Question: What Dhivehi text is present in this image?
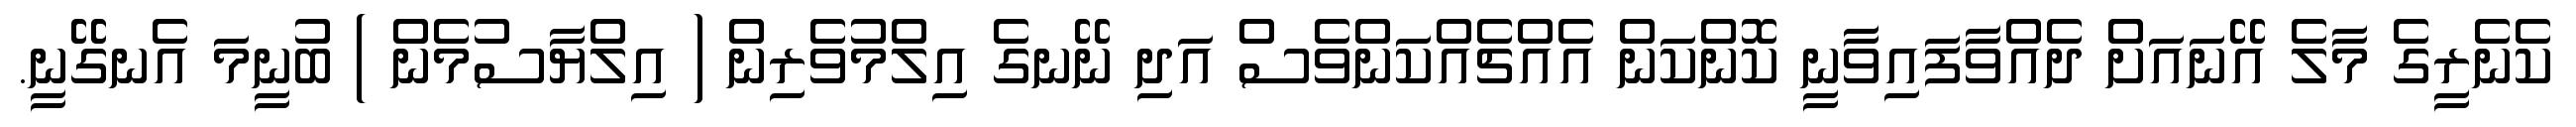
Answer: ކެނެރީގެ މާލެ އޭނައަށް ދެއްވާފައިވާނީ ކޮންކަން އެއްޗެއްކަންވެސް އަދި ނޭނގެ އިލްމުވެރިން ( އިލްޔާސުމެން ) ބުނީމަ އެނގޭނީ.